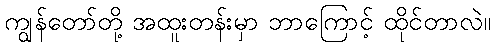
ကျွန်တော်တို့ အထူးတန်းမှာ ဘာကြောင့် ထိုင်တာလဲ။